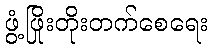
ဖွံ့ဖြိုးတိုးတက်စေရေး